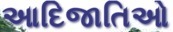
આદિજાતિઓ